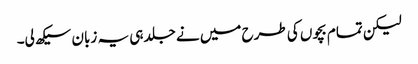
لیکن تمام بچوں کی طرح میں نے جلد ہی یہ زبان سیکھ لی۔